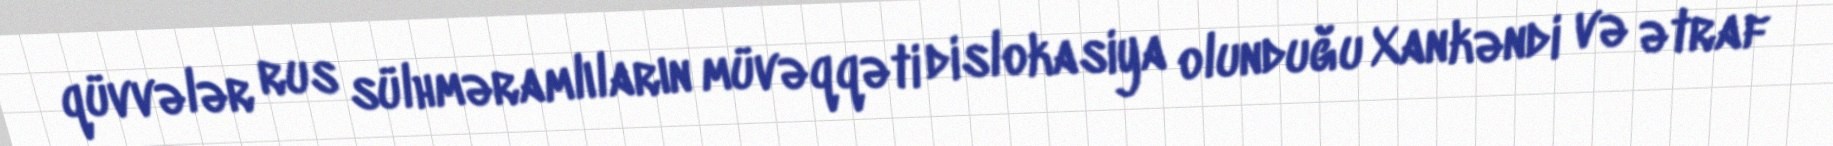
qüvvələr rus sülhməramlıların müvəqqəti dislokasiya olunduğu Xankəndi və ətraf